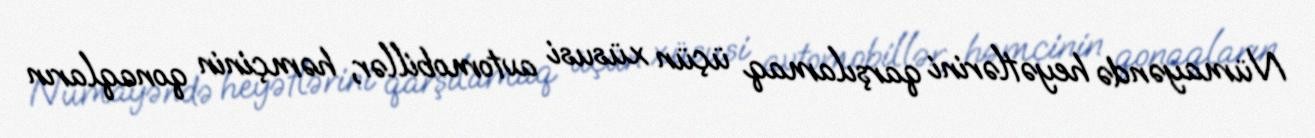
Nümayəndə heyətlərini qarşılamaq üçün xüsusi avtomobillər, həmçinin qonaqların